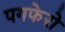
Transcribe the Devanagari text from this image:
पगफेरो